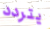
يتردد